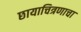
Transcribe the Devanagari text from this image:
छायाचित्रणाचा